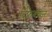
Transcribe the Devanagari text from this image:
दिफ़्रेक्शन